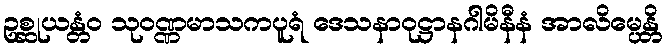
ဥစ္ဆုယန္တံဝ သုဝဏ္ဏမာသကပူရံ ဒေသနာဝုဋ္ဌာနဂါမိနီနံ အာလိမ္ပေန္တိ